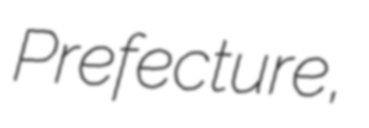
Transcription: Prefecture,